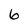
Character: 6